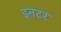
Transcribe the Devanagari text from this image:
इनटर